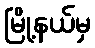
မြို့နယ်မှ